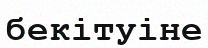
бекітуіне